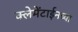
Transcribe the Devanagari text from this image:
क्लेमेंटाईनच्या